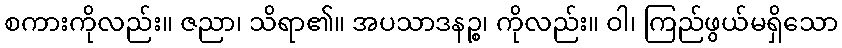
စကားကိုလည်း။ ဇညာ၊ သိရာ၏။ အပသာဒနဉ္စ၊ ကိုလည်း။ ဝါ၊ ကြည်ဖွယ်မရှိသော